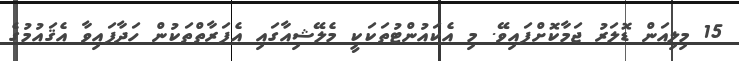
15 މިލިއަން ޑޮލަރު ޖަމާކޮށްފައިވޭ. މި އެކައުންޓުތަކަކީ މެލޭޝިއާގައި އެފަރާތްތަކުން ހަދާފައިވާ އެޤައުމުގެ